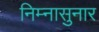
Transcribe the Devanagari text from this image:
निम्नासुनार